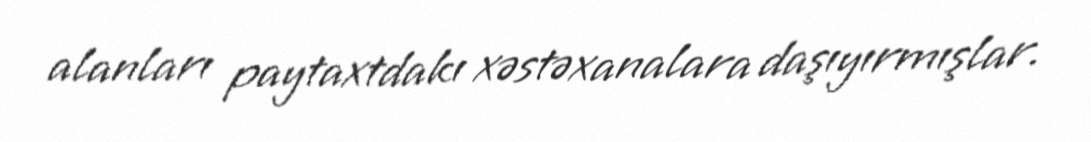
alanları paytaxtdakı xəstəxanalara daşıyırmışlar.